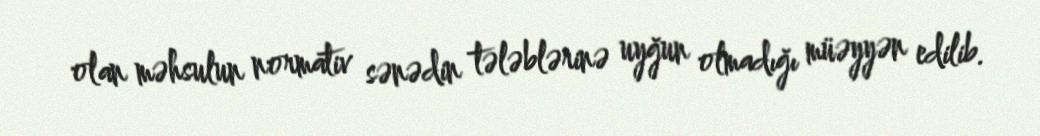
olan məhsulun normativ sənədin tələblərinə uyğun olmadığı müəyyən edilib.